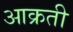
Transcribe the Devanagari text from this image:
आक्रती